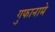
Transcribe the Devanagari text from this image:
गुफानामे